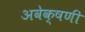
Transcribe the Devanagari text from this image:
अवेक्षणी